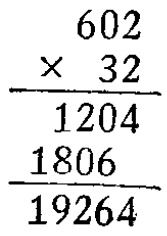
\[
\begin{array}{c}
\quad602 \\
\times\quad32 \\
\hline
\quad1204 \\
1806\quad \\
\hline
19264
\end{array}
\]